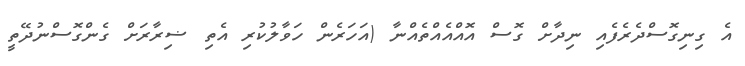
އެ ގިނިގޮސްދެރެފެއި ނިދާށް ގޮސް އޮއްއެއްތެއްނާ (އަހަރެން ހަވާލުކުރި އެތި ޟިރާރަށް ގެންގޮސްނުދޭތީ